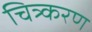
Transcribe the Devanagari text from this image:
चित्र्करण